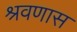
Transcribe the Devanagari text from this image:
श्रवणास